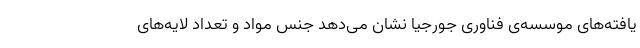
یافته‌های موسسه‌ی فناوری جورجیا نشان می‌دهد جنس مواد و تعداد لایه‌های